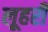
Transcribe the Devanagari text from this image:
लूहरी